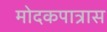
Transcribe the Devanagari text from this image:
मोदकपात्रास